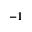
- 1